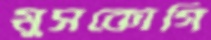
মুসকোগি